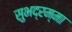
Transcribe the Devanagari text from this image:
सुभद्रम्मा